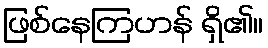
ဖြစ်နေကြဟန် ရှိ၏။